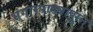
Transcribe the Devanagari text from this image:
भंगारपाड्यापाून